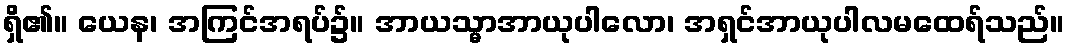
ရှိ၏။ ယေန၊ အကြင်အရပ်၌။ အာယသ္မာအာယုပါလော၊ အရှင်အာယုပါလမထေရ်သည်။